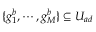
\{ g _ { 1 } ^ { b } , \cdots , g _ { M } ^ { b } \} \subseteq U _ { a d }